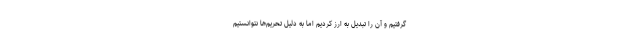
گرفتیم و آن را تبدیل به ارز کردیم اما به دلیل تحریم‌ها نتوانستیم